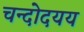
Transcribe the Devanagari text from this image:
चन्दोदयय